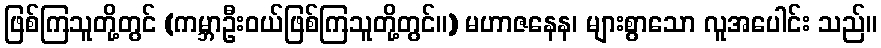
ဖြစ်ကြသူတို့တွင် (ကမ္ဘာဦးဝယ်ဖြစ်ကြသူတို့တွင်။) မဟာဇနေန၊ များစွာသော လူအပေါင်း သည်။